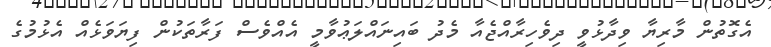
އެގޮތުން މާރިޔާ ވިދާޅުވީ ދިވެހިރާއްޖެއާ މެދު ބައިނައްލަޢުވާމީ އެއްވެސް ފަރާތަކުން ފިޔަވަޅެއް އެޅުމުގެ